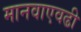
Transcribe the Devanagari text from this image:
मानवाएवढी